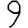
Digit: 9